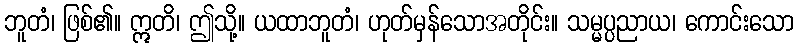
ဘူတံ၊ ဖြစ်၏။ ဣတိ၊ ဤသို့။ ယထာဘူတံ၊ ဟုတ်မှန်သောအတိုင်း။ သမ္မပ္ပညာယ၊ ကောင်းသော